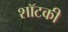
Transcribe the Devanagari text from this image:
शॉटकी